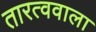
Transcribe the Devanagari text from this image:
तारत्ववाला